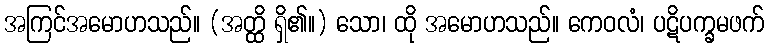
အကြင်အမောဟသည်။ (အတ္ထိ ရှိ၏။) သော၊ ထို အမောဟသည်။ ကေဝလံ၊ ပဋိပက္ခမဖက်